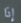
إذا